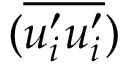
( \overline { { u _ { i } ^ { \prime } u _ { i } ^ { \prime } } } )